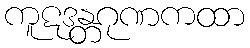
ကူဋဒန္တဂုဏကထာ